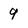
Character: 9